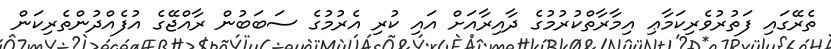
ތެރޭގައި ފަތުރުވެރިކަމާޢި އިމާރާތްކުރުމުގެ ދާއިރާއަށް އައި ކުރި އެރުމުގެ ސަބަބުން ރާއްޖޭގެ އުފެއްދުންތެރިކަން